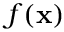
f ( \mathbf { x } )